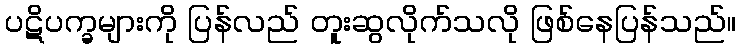
ပဋိပက္ခများကို ပြန်လည် တူးဆွလိုက်သလို ဖြစ်နေပြန်သည်။